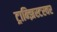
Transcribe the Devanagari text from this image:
ट्रान्झिस्टरवर